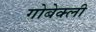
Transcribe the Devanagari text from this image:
गोबेक्ली